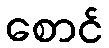
စောင်